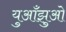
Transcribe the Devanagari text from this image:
युआँझुओ